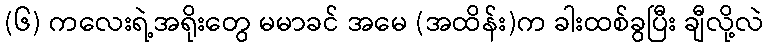
(၆) ကလေးရဲ့အရိုးတွေ မမာခင် အမေ (အထိန်း)က ခါးထစ်ခွပြီး ချီလို့လဲ